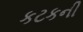
કટકની